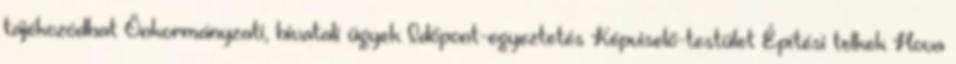
tájékozódhat Önkormányzati, hivatali ügyek Időpont-egyeztetés Képviselő-testület Építési telkek Hova